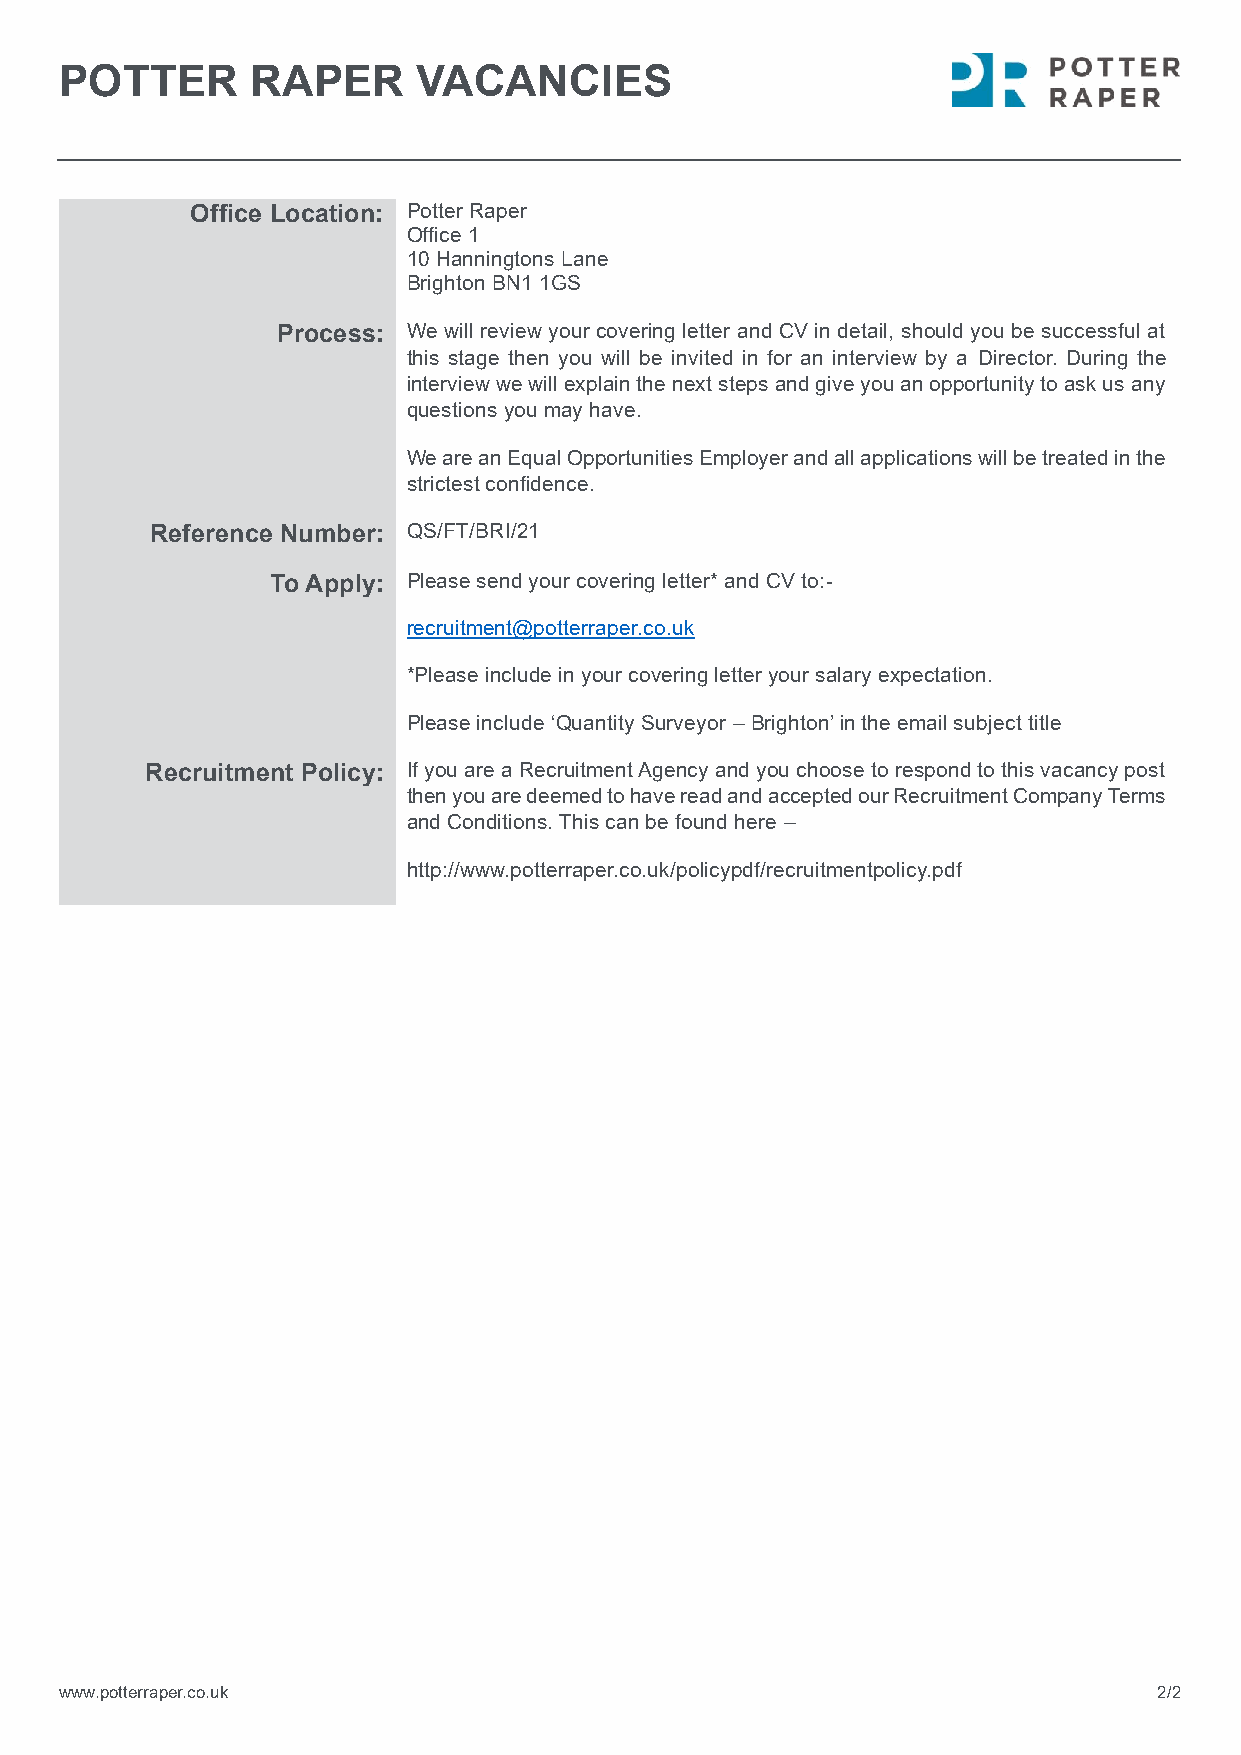
POTTER       RAPER      VACANCIES
 Office Location: Potter Raper
 Office 1
 10 Hanningtons Lane
 Brighton BN1 1GS
 Process: We will review your covering letter and CV in detail, should you be successful at
 this stage then you will be invited in for an interview by a Director. During the
 interview we will explain the next steps and give you an opportunity to ask us any
 questions you may have.
 We are an Equal Opportunities Employer and all applications will be treated in the
 strictest confidence.
 Reference Number: QS/FT/BRI/21
 To Apply: Please send your covering letter* and CV to:-
 recruitment@potterraper.co.uk
 *Please include in your covering letter your salary expectation.
 Please include ‘Quantity Surveyor – Brighton’ in the email subject title
 Recruitment Policy: If you are a Recruitment Agency and you choose to respond to this vacancy post
 then you are deemed to have read and accepted our Recruitment Company Terms
 and Conditions. This can be found here –
 http://www.potterraper.co.uk/policypdf/recruitmentpolicy.pdf
 www.potterraper.co.uk                                                    2/2